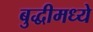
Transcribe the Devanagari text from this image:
बुद्धीमध्ये